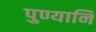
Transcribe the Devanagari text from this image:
पुण्यानि